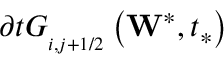
\partial t G _ { _ { i , j + 1 / 2 } } ^ { { } } \left( { { \mathbf { W } } ^ { * } } , { { t } _ { * } } \right)